Senior Leaving Certificate Examination (including Day School Certificate (Higher) General paper), 1948
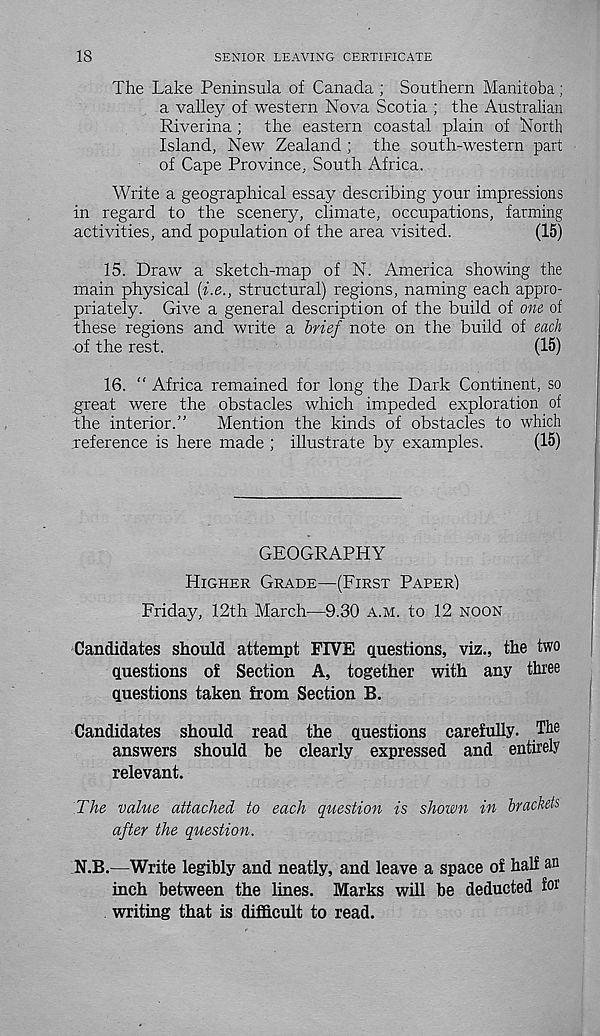
18
SENIOR LEAVING CERTIFICATE
The Lake Peninsula of Canada ; Southern Manitoba;
a valley of western Nova Scotia ; the Australian
Riverina; the eastern coastal plain of North
Island, New Zealand ; the south-western part
of Cape Province, South Africa.
Write a geographical essay describing your impressions
in regard to the scenery, climate, occupations, farming
activities, and population of the area visited.
(15)
15. Draw a sketch-map of N. America showing the
main physical [i.e., structural) regions, naming each appro-
priately. Give a general description of the build of one of
these regions and write a brief note on the build of each
•of the rest.
(15)
16. " Africa remained for long the Dark Continent, so
great were the obstacles which impeded exploration of
bhe interior.”
Mention the kinds of obstacles to which
inference is here made ; illustrate by examples.
(15)
GEOGRAPHY
HIGHER GRADE—(FIRST PAPER)
Friday, 12th March—9.30 A.M. to 12 NOON
Candidates should attempt FIVE questions, viz., the two
questions of Section A, together with any three
questions taken from Section B.
Candidates should read the questions carefully. The
answers should he clearly expressed and entirely
relevant.
The value attached to each question is shown in brackets
after the question.
N.B.—Write legibly and neatly, and leave a space of half an
inch between the lines. Marks will be deducted for
writing that is difficult to read.